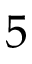
5